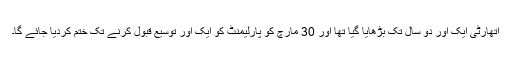
اتھارٹی ایک اور دو سال تک بڑھایا گیا تھا اور 30 ​​مارچ کو پارلیمنٹ کو ایک اور توسیع قبول کرنے تک ختم کردیا جائے گا۔